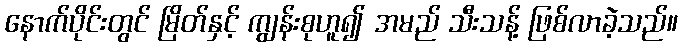
နောက်ပိုင်းတွင် မြိတ်နှင့် ကျွန်းစုဟူ၍ အမည် သီးသန့် ဖြစ်လာခဲ့သည်။